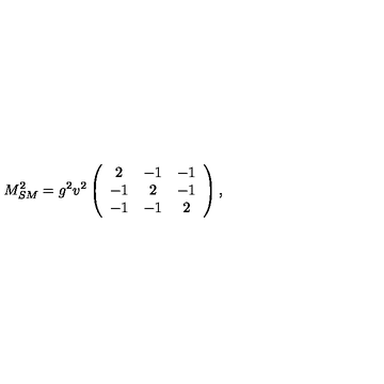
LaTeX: M _ { S M } ^ { 2 } = g ^ { 2 } v ^ { 2 } \left( \begin{array} { c c c } { 2 } & { - 1 } & { - 1 } \\ { - 1 } & { 2 } & { - 1 } \\ { - 1 } & { - 1 } & { 2 } \\ \end{array} \right) , \,